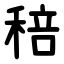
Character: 稖